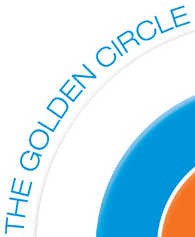
THE GOLDEN CIRCLE